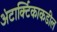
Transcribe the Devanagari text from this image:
अंटार्क्टिकाकडील